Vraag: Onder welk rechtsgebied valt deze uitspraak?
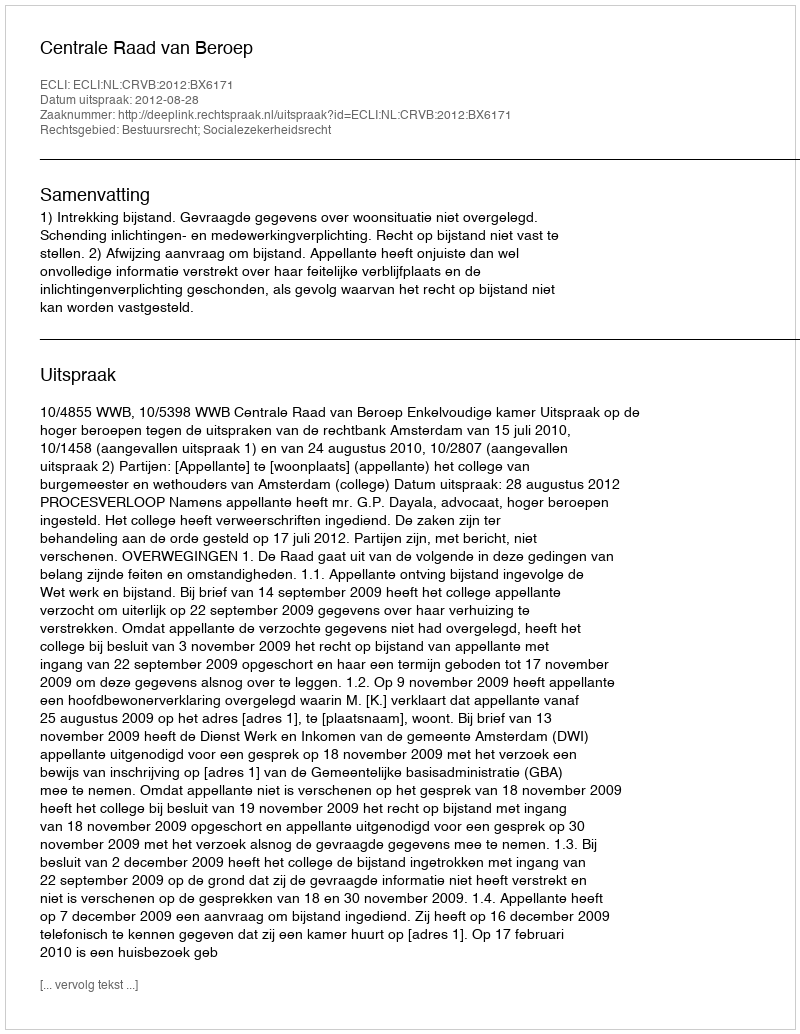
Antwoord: Bestuursrecht; Socialezekerheidsrecht